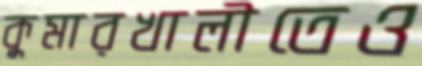
কুমারখালীতেও